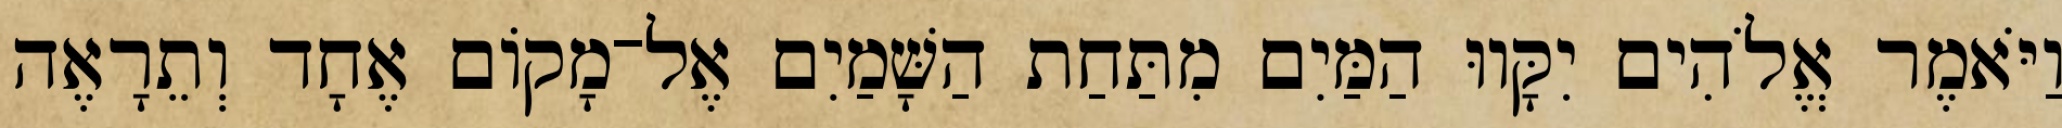
וַיֹּאמֶר אֱלֹהִים יִקָּווּ הַמַּיִם מִתַּחַת הַשָּׁמַיִם אֶל־מָקֹום אֶחָד וְתֵרָאֶה